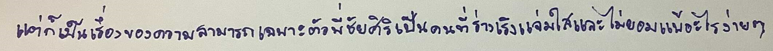
"แต่ก็เป็นเรื่องของความสามารถเฉพาะตัวพี่ชัยศิริเป็นคนที่ร่าเริงแจ่มใสและไม่ยอมแพ้อะไรง่ายๆ